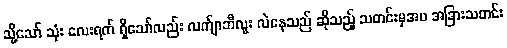
သို့သော် သုံး လေးရက် ရှိသော်လည်း လက်ျာဘီလူး လဲနေသည် ဆိုသည့် သတင်းမှအပ အခြားသတင်း